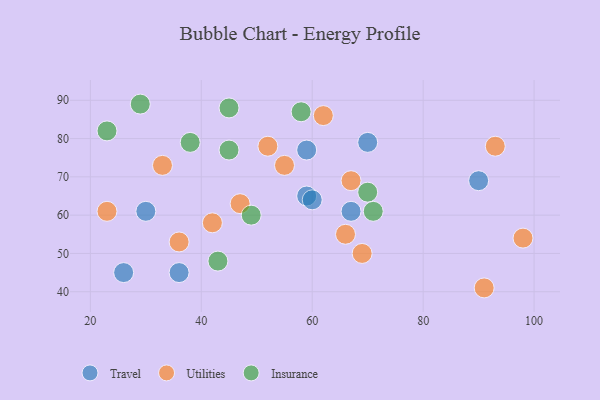
{"axis": {"x": "GDP", "y": "Life Expectancy"}, "legend": ["Insurance", "Travel", "Utilities"], "data": [{"x": "67", "y": 61, "type": "Travel"}, {"x": "59", "y": 77, "type": "Travel"}, {"x": "59", "y": 65, "type": "Travel"}, {"x": "70", "y": 79, "type": "Travel"}, {"x": "90", "y": 69, "type": "Travel"}, {"x": "30", "y": 61, "type": "Travel"}, {"x": "36", "y": 45, "type": "Travel"}, {"x": "26", "y": 45, "type": "Travel"}, {"x": "60", "y": 64, "type": "Travel"}, {"x": "42", "y": 58, "type": "Utilities"}, {"x": "23", "y": 61, "type": "Utilities"}, {"x": "47", "y": 63, "type": "Utilities"}, {"x": "69", "y": 50, "type": "Utilities"}, {"x": "91", "y": 41, "type": "Utilities"}, {"x": "52", "y": 78, "type": "Utilities"}, {"x": "93", "y": 78, "type": "Utilities"}, {"x": "33", "y": 73, "type": "Utilities"}, {"x": "67", "y": 69, "type": "Utilities"}, {"x": "55", "y": 73, "type": "Utilities"}, {"x": "66", "y": 55, "type": "Utilities"}, {"x": "36", "y": 53, "type": "Utilities"}, {"x": "62", "y": 86, "type": "Utilities"}, {"x": "98", "y": 54, "type": "Utilities"}, {"x": "43", "y": 48, "type": "Insurance"}, {"x": "23", "y": 82, "type": "Insurance"}, {"x": "71", "y": 61, "type": "Insurance"}, {"x": "58", "y": 87, "type": "Insurance"}, {"x": "45", "y": 77, "type": "Insurance"}, {"x": "70", "y": 66, "type": "Insurance"}, {"x": "49", "y": 60, "type": "Insurance"}, {"x": "29", "y": 89, "type": "Insurance"}, {"x": "45", "y": 88, "type": "Insurance"}, {"x": "38", "y": 79, "type": "Insurance"}]}